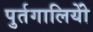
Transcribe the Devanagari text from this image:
पुर्तगालियोें